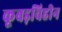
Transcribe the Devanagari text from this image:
कूबड़विहीन